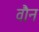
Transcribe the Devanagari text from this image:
वौन